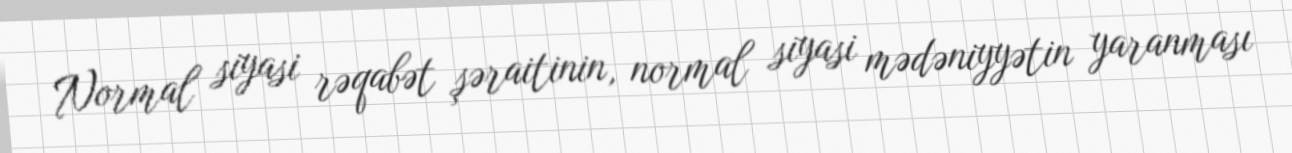
Normal siyasi rəqabət şəraitinin, normal siyasi mədəniyyətin yaranması